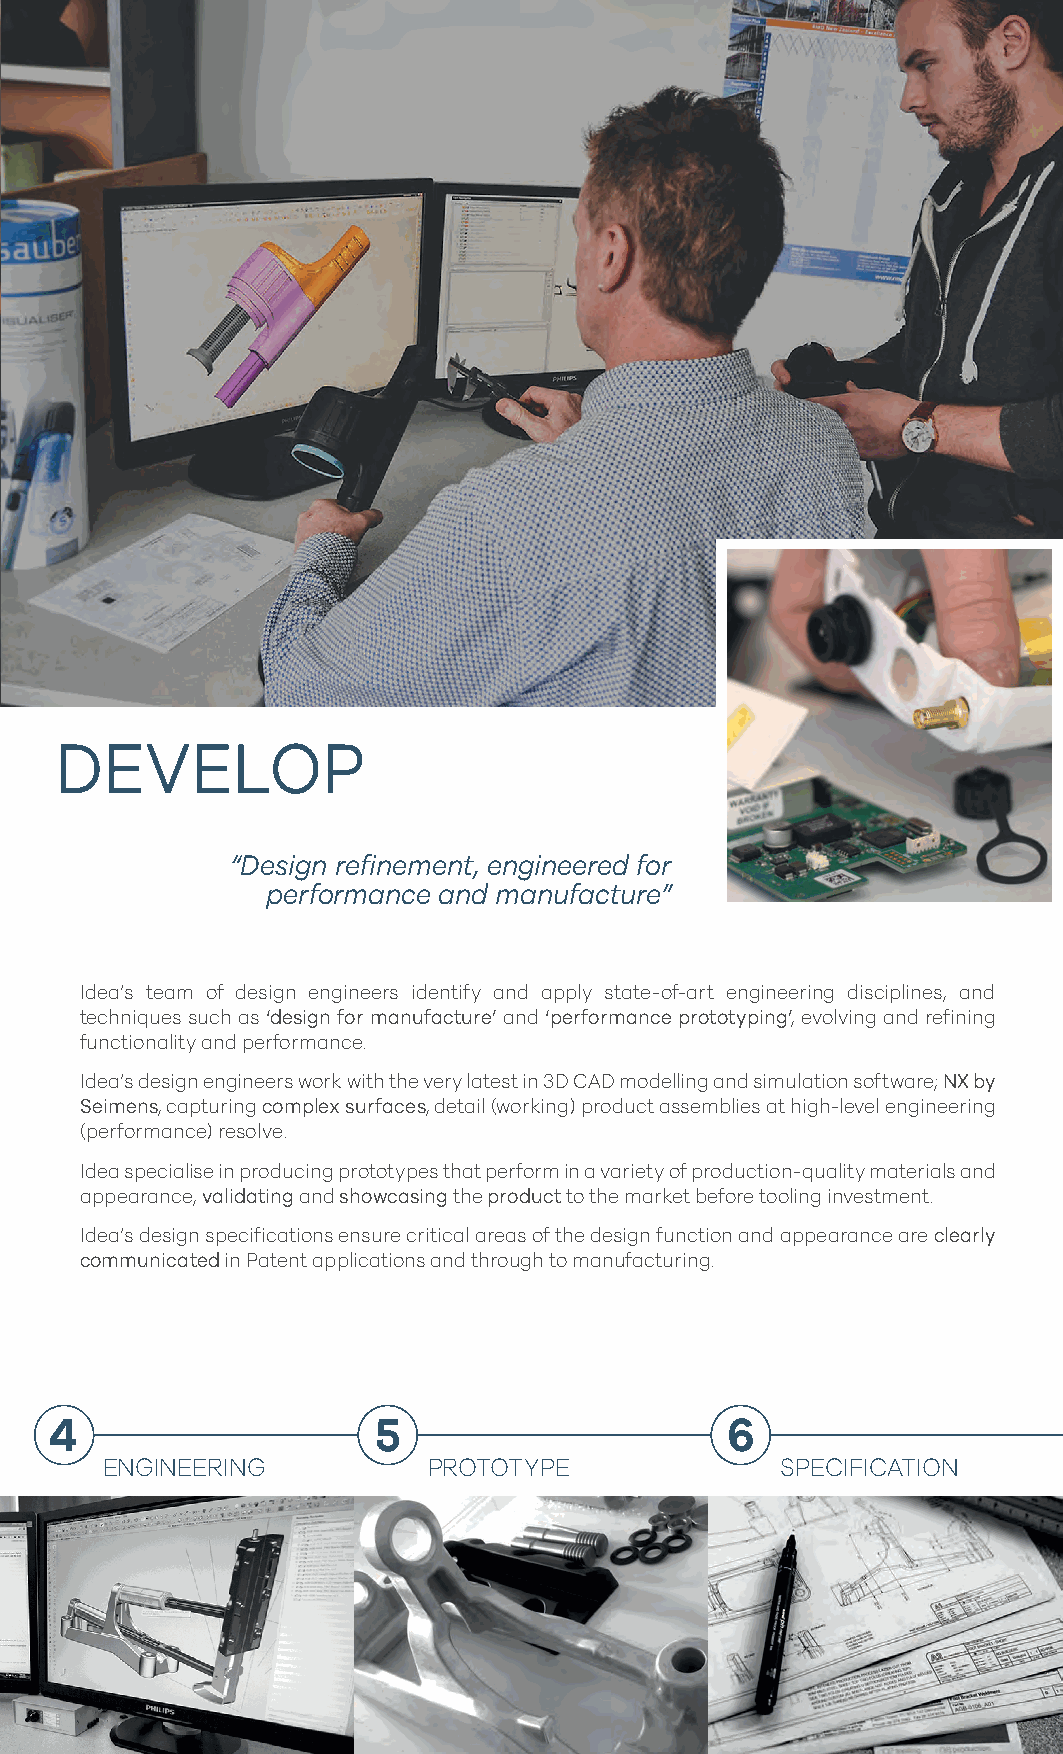
DEVELOP
 “Design refinement, engineered for
 performance and manufacture”
 Idea’s team of design engineers identify and apply state-of-art engineering disciplines, and
 techniques such as ‘design for manufacture’ and ‘performance prototyping’, evolving and refining
 functionality and performance.
 Idea’s design engineers work with the very latest in 3D CAD modelling and simulation software; NX by
 Seimens, capturing complex surfaces, detail (working) product assemblies at high-level engineering
 (performance) resolve.
 Idea specialise in producing prototypes that perform in a variety of production-quality materials and
 appearance, validating and showcasing the product to the market before tooling investment.
 Idea’s design specifications ensure critical areas of the design function and appearance are clearly
 communicated in Patent applications and through to manufacturing.
 4                     5                      6
 ENGINEERING          PROTOTYPE               SPECIFICATION